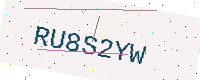
Text: RU8S2YW